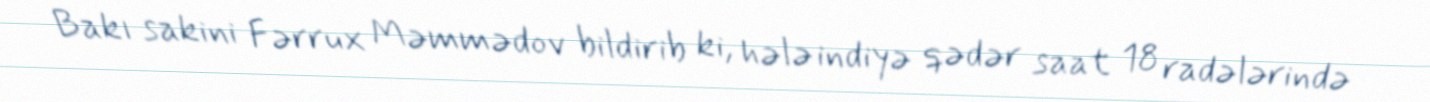
Bakı sakini Fərrux Məmmədov bildirib ki, hələ indiyə qədər saat 18 radələrində